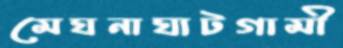
মেঘনাঘাটগামী